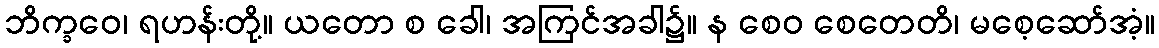
ဘိက္ခဝေ၊ ရဟန်းတို့။ ယတော စ ခေါ၊ အကြင်အခါ၌။ န စေဝ စေတေတိ၊ မစေ့ဆော်အံ့။